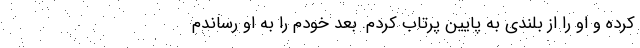
کرده و او را از بلندی به پایین پرتاب کردم. بعد خودم را به او رساندم